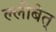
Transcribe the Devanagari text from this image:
ल्लोबेत्